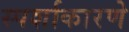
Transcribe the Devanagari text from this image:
स्पर्शाकारणे